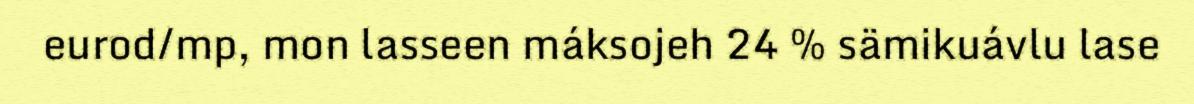
eurod/mp, mon lasseen máksojeh 24 % sämikuávlu lase